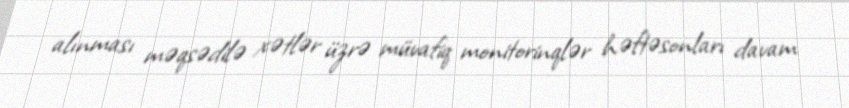
alınması məqsədilə xətlər üzrə müvafiq monitorinqlər həftəsonları davam